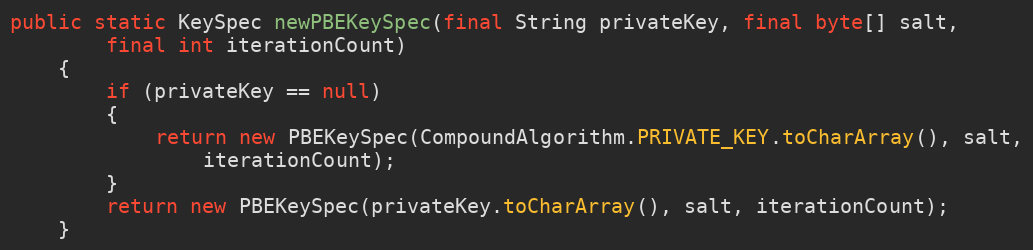
Language: Java
public static KeySpec newPBEKeySpec(final String privateKey, final byte[] salt,
		final int iterationCount)
	{
		if (privateKey == null)
		{
			return new PBEKeySpec(CompoundAlgorithm.PRIVATE_KEY.toCharArray(), salt,
				iterationCount);
		}
		return new PBEKeySpec(privateKey.toCharArray(), salt, iterationCount);
	}